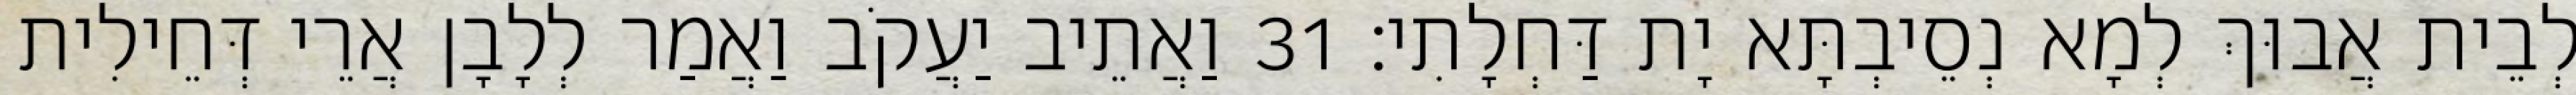
לְבֵית אֲבוּךְ לְמָא נְסֵיבְתָּא יָת דַּחְלָתִי׃ 31 וַאֲתֵיב יַעֲקֹב וַאֲמַר לְלָבָן אֲרֵי דְּחֵילִית